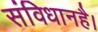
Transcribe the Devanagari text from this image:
संविधानहै।